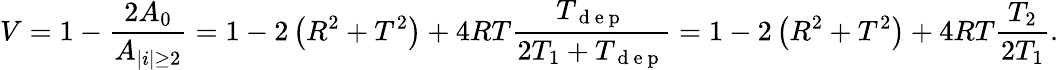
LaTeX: V=1-\frac{2A_{0}}{A_{|i|\geq 2}}=1-2\left(R^{2}+T^{2}\right)+4RT\frac{T_{\mathrm{~d~e~p~}}}{2T_{1}+T_{\mathrm{~d~e~p~}}}=1-2\left(R^{2}+T^{2}\right)+4RT\frac{T_{2}}{2T_{1}}.